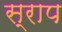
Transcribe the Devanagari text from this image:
स्राप